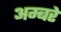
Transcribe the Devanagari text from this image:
अम्बरे